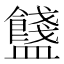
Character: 𥃗